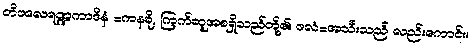
တိဖလေရဏ္ဍကာဒီနံ =ကနခို, ကြက်ဆူအစရှိသည်တို့၏၊ ဖလံ=အသီးသည် လည်းကောင်း။